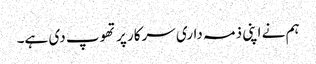
ہم نے اپنی ذمہ داری سرکار پر تھوپ دی ہے۔